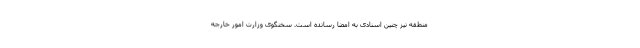
منطقه نیز چنین اسنادی به امضا رسانده است. سخنگوی وزارت امور خارجه